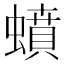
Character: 蟦